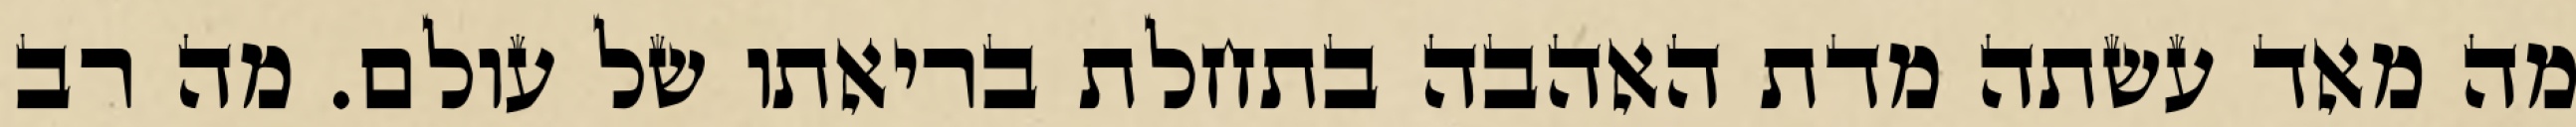
מה מאד עשתה מדת האהבה בתחלת בריאתו של עולם. מה רב